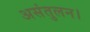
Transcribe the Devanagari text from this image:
असंतुलन।